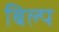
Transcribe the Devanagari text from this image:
बिल्प